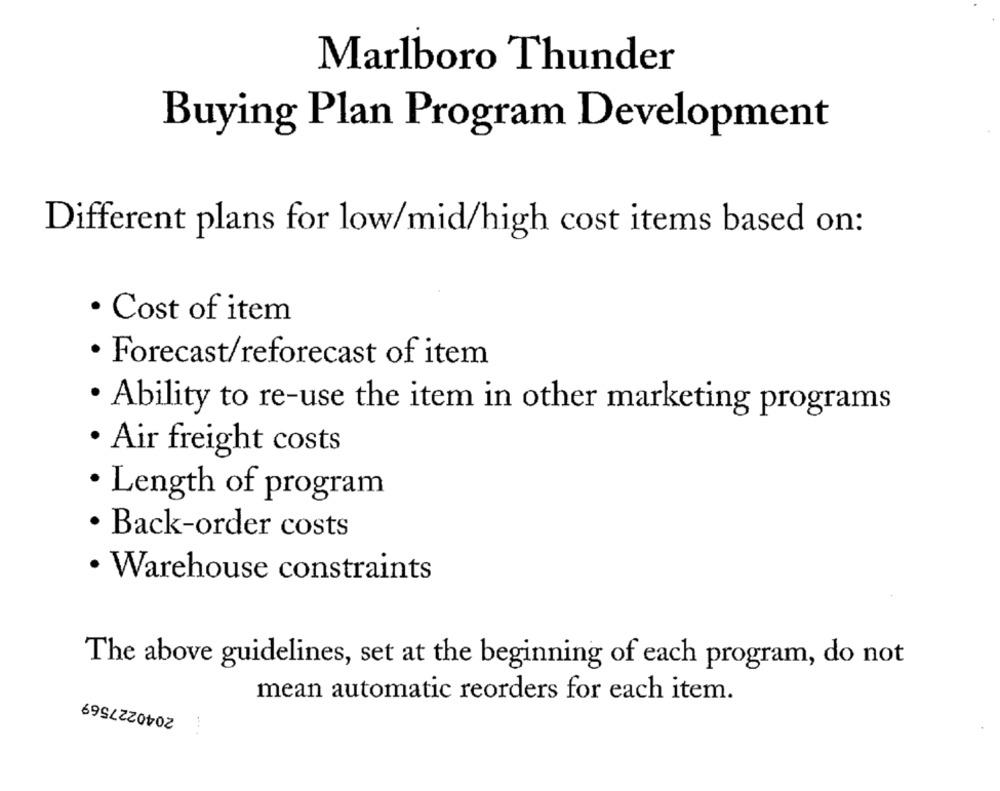
Marlboro Thunder
Buying Plan Program Development
Different plans for low/mid/high cost items based on:
· Cost of item
· Forecast/reforecast of item
· Ability to re-use the item in other marketing programs
· Air freight costs
· Length of program
· Back-order costs
· Warehouse constraints
The above guidelines, set at the beginning of each program, do not
2040227569
mean automatic reorders for each item.